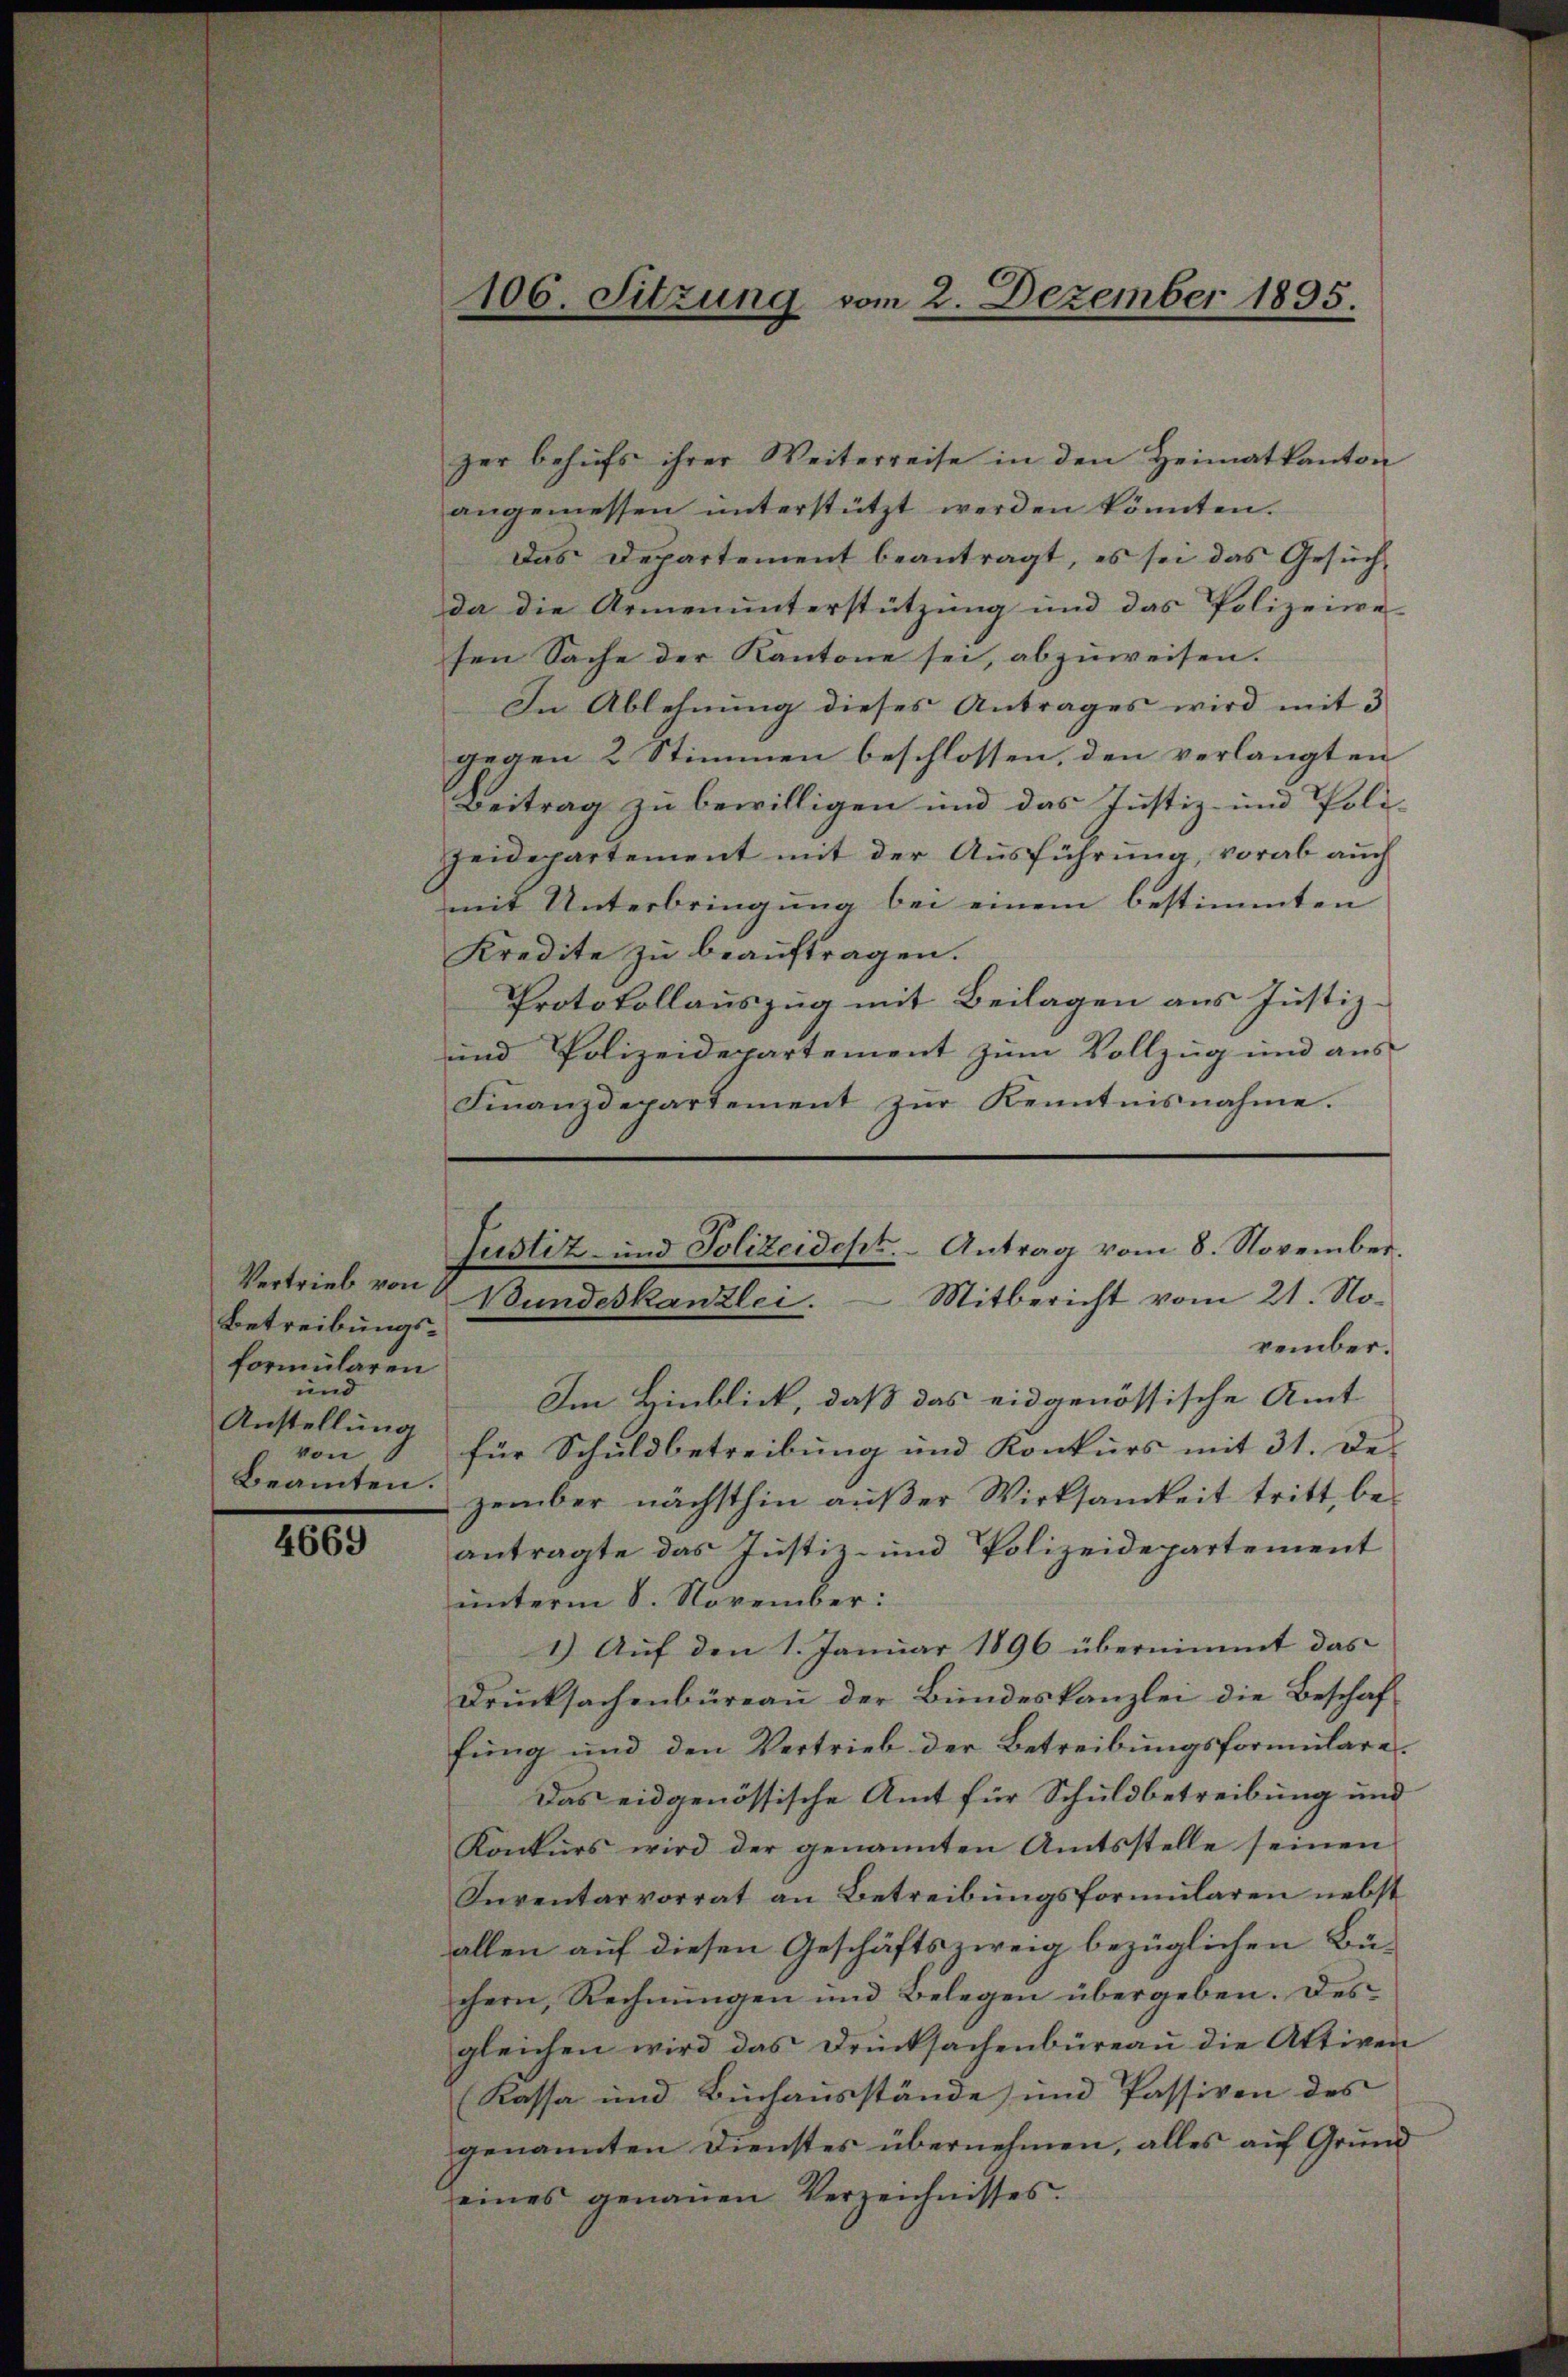
Vertrieb von
Betreibungsformularen
und
Anstellung
von 6
Beamten.

4669

zer behŭfs ihrer Weiterreise in den Heimatkanton
angemessen ŭnterstützt werden könnten.
Das Departement beantragt, es sei das Gesuchda die Armenunterstützung und das Polizeiwe
sen Sache der Kantone sei, abzuweisen.
In Ablehnung dieses Antrages wird mit 3
gegen 2 Stimmen beschlossen, den verlangten
Beitrag zu bewilligen und das Justiz- und Poli-
Zeidepartement mit der Ausführung, vorab auch
mit Unterbringung bei einem bestimmten
Kredite zu beauftragen.
Protokollauszug mit Beilagen aus Justiz¬
und Polizeidepartement zum Vollzug und aus
Finanzdepartement zŭr Kenntnisnahme.

106. Sitzung vom 2. Dezember 1895.

Justiz- und Polizeidept. - Antrag vom 8. November.
Bundeskanzlei. Mitbericht vom 21. November.

Im Hinblick, daß das eidgenössische Amt
für Schuldbetreibung und Konkurs mit 31. De-
zember nächsthin außer Wirksamkeit tritt, beantragte das Justiz- und Polizeidepartement
unterm 8. November:
1.) Auf den 1. Januar 1896 übernimmt das
Drucksachenbüreau der Bundeskanzlei die Beschaffung und den Vertrieb der Betreibungsformulare
Das eidgenössische Amt für Schuldbetreibung und
Konkurs wird der genannten Amtsstelle seinen
Inventarvorrat an Betreibungsformularen nebst
allen auf diesen Geschäftszweig bezüglichen Büchern, Rechnungen und Belegen übergeben. Des
gleichen wird das Drucksachenbüreau die Aktiven
Kassa und Buchausstände und Passiven des
genannten Dienstes übernehmen, alles auf Grund
eines genaŭen Verzeichnisses.